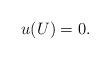
LaTeX: \begin{align*}u(U)=0. \end{align*}